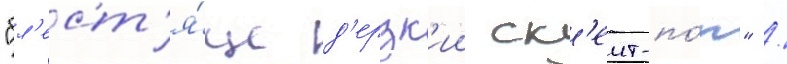
"бл'ест'я́ще д'ерзк'ии ск'еит-по́п" /